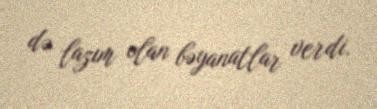
də lazım olan bəyanatlar verdi.